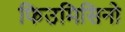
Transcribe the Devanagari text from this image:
फिउमिसिनो